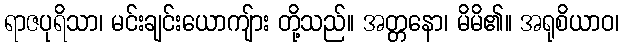
ရာဇပုရိသာ၊ မင်းချင်းယောကျ်ား တို့သည်။ အတ္တနော၊ မိမိ၏။ အရုစိယာဝ၊